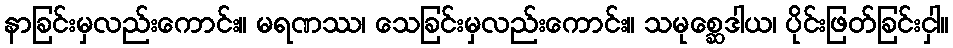
နာခြင်းမှလည်းကောင်း။ မရဏဿ၊ သေခြင်းမှလည်းကောင်း။ သမုစ္ဆေဒါယ၊ ပိုင်းဖြတ်ခြင်းငှါ။